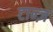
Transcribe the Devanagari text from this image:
टान्ज़